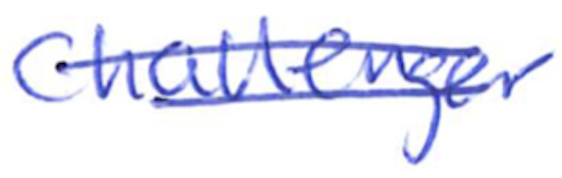
Text: Challenger
Cross-out: mix
Writing tool: ballpoint